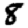
Digit: 8